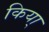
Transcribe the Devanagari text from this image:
किया्